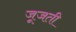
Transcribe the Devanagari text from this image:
जूजती